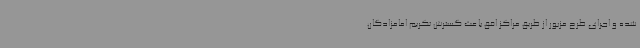
شده و اجرای طرح مزبور از طریق مراکز افق باعث گسترش تکریم امامزادگان